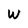
Character: W